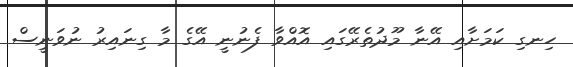
ހިނގި ކަމަށާއި އޭނާ މޫދުތެރޭގައި އޮއްވާ ފެނުނީ އޭގެ މާ ގިނައިރު ނުވަނީސް